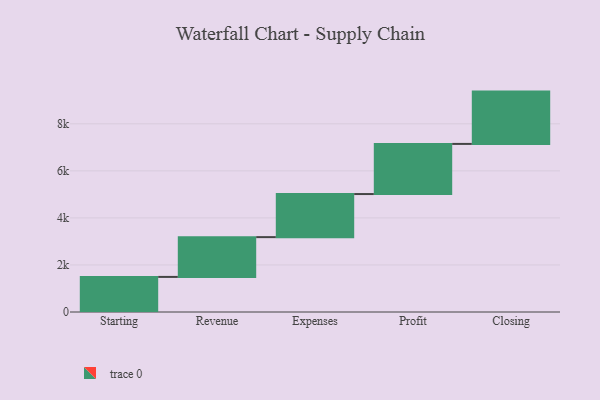
{"axis": {"x": "Step", "y": "Value"}, "legend": [""], "data": [{"x": "Starting", "y": 1492.0, "type": ""}, {"x": "Revenue", "y": 1691.0, "type": ""}, {"x": "Expenses", "y": 1832.0, "type": ""}, {"x": "Profit", "y": 2131.0, "type": ""}, {"x": "Closing", "y": 2224.0, "type": ""}]}